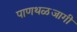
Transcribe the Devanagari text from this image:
पाणथळजागी